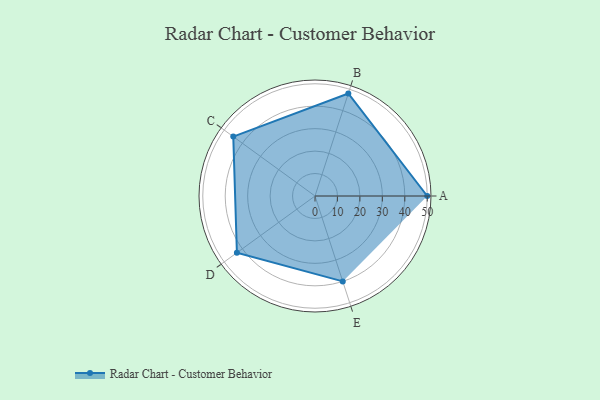
{"axis": {"x": "Skill", "y": "Score"}, "legend": ["Profile"], "data": [{"x": "A", "y": 50.0, "type": "Profile"}, {"x": "B", "y": 48.0, "type": "Profile"}, {"x": "C", "y": 45.0, "type": "Profile"}, {"x": "D", "y": 43.0, "type": "Profile"}, {"x": "E", "y": 40.0, "type": "Profile"}]}